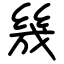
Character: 㡬